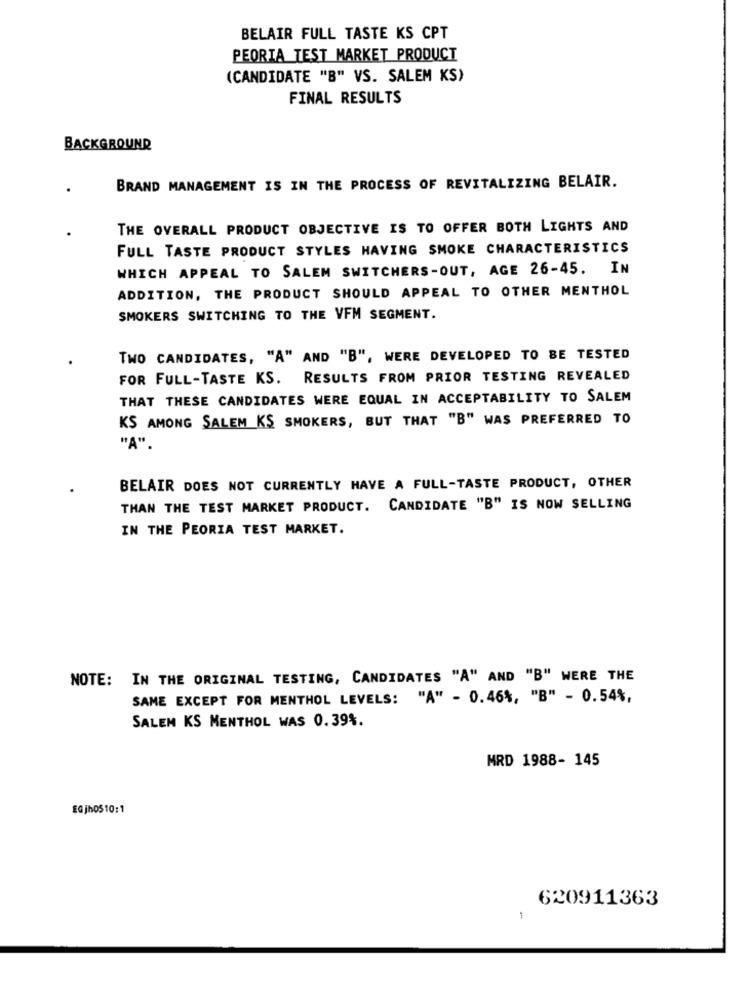
BELAIR FULL TASTE KS CPT
PEORIA TEST MARKET PRODUCT
(CANDIDATE "B" VS. SALEM KS)
FINAL RESULTS
BACKGROUND
BRAND MANAGEMENT IS IN THE PROCESS OF REVITALIZING BELAIR.
THE OVERALL PRODUCT OBJECTIVE IS TO OFFER BOTH LIGHTS AND
FULL TASTE PRODUCT STYLES HAVING SMOKE CHARACTERISTICS
WHICH APPEAL TO SALEM SWITCHERS-OUT, AGE 26-45. IN
ADDITION, THE PRODUCT SHOULD APPEAL TO OTHER MENTHOL
SMOKERS SWITCHING TO THE VFM SEGMENT.
TWO CANDIDATES, "A" AND "B", WERE DEVELOPED TO BE TESTED
FOR FULL-TASTE KS. RESULTS FROM PRIOR TESTING REVEALED
THAT THESE CANDIDATES WERE EQUAL IN ACCEPTABILITY TO SALEM
KS AMONG SALEM KS SMOKERS, BUT THAT "B" WAS PREFERRED TO
"A".
BELAIR DOES NOT CURRENTLY HAVE A FULL-TASTE PRODUCT, OTHER
THAN THE TEST MARKET PRODUCT. CANDIDATE "B" IS NOW SELLING
IN THE PEORIA TEST MARKET.
NOTE: IN THE ORIGINAL TESTING, CANDIDATES "A" AND "B" WERE THE
SAME EXCEPT FOR MENTHOL LEVELS: "A" - 0.46%, "B" - 0.54%,
SALEM KS MENTHOL WAS 0.39%.
MRD 1988- 145
EGjho5 10:1
620911363
-